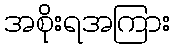
အစိုးရအကြား